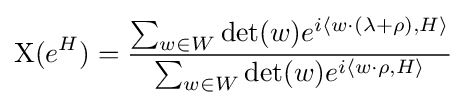
\mathrm {X} (e^{H})={\frac {\sum _{w\in W}\det(w)e^{i\langle w\cdot (\lambda +\rho ),H\rangle }}{\sum _{w\in W}\det(w)e^{i\langle w\cdot \rho ,H\rangle }}}